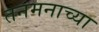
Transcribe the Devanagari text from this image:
तनमनाच्या